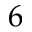
6